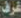
غرف